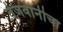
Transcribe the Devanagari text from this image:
तेजवानीचा